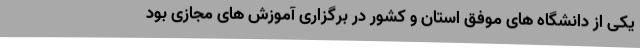
یکی از دانشگاه های موفق استان و کشور در برگزاری آموزش های مجازی بود